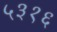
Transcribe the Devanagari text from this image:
५३१६